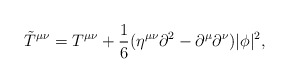
\begin{align*}{\tilde{T}}^{\mu\nu}=T^{\mu\nu}+{1\over 6} (\eta^{\mu\nu}\partial^2-\partial^\mu\partial^{\nu})|\phi|^2,\end{align*}